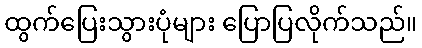
ထွက်ပြေးသွားပုံများ ပြောပြလိုက်သည်။